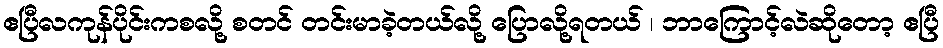
ဧပြီလကုန်ပိုင်းကစလို့ စတင် တင်းမာခဲ့တယ်လို့ ပြောလို့ရတယ် ၊ ဘာကြောင့်လဲဆိုတော့ ဧပြီ